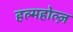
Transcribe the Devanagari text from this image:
हल्महोल्ज़